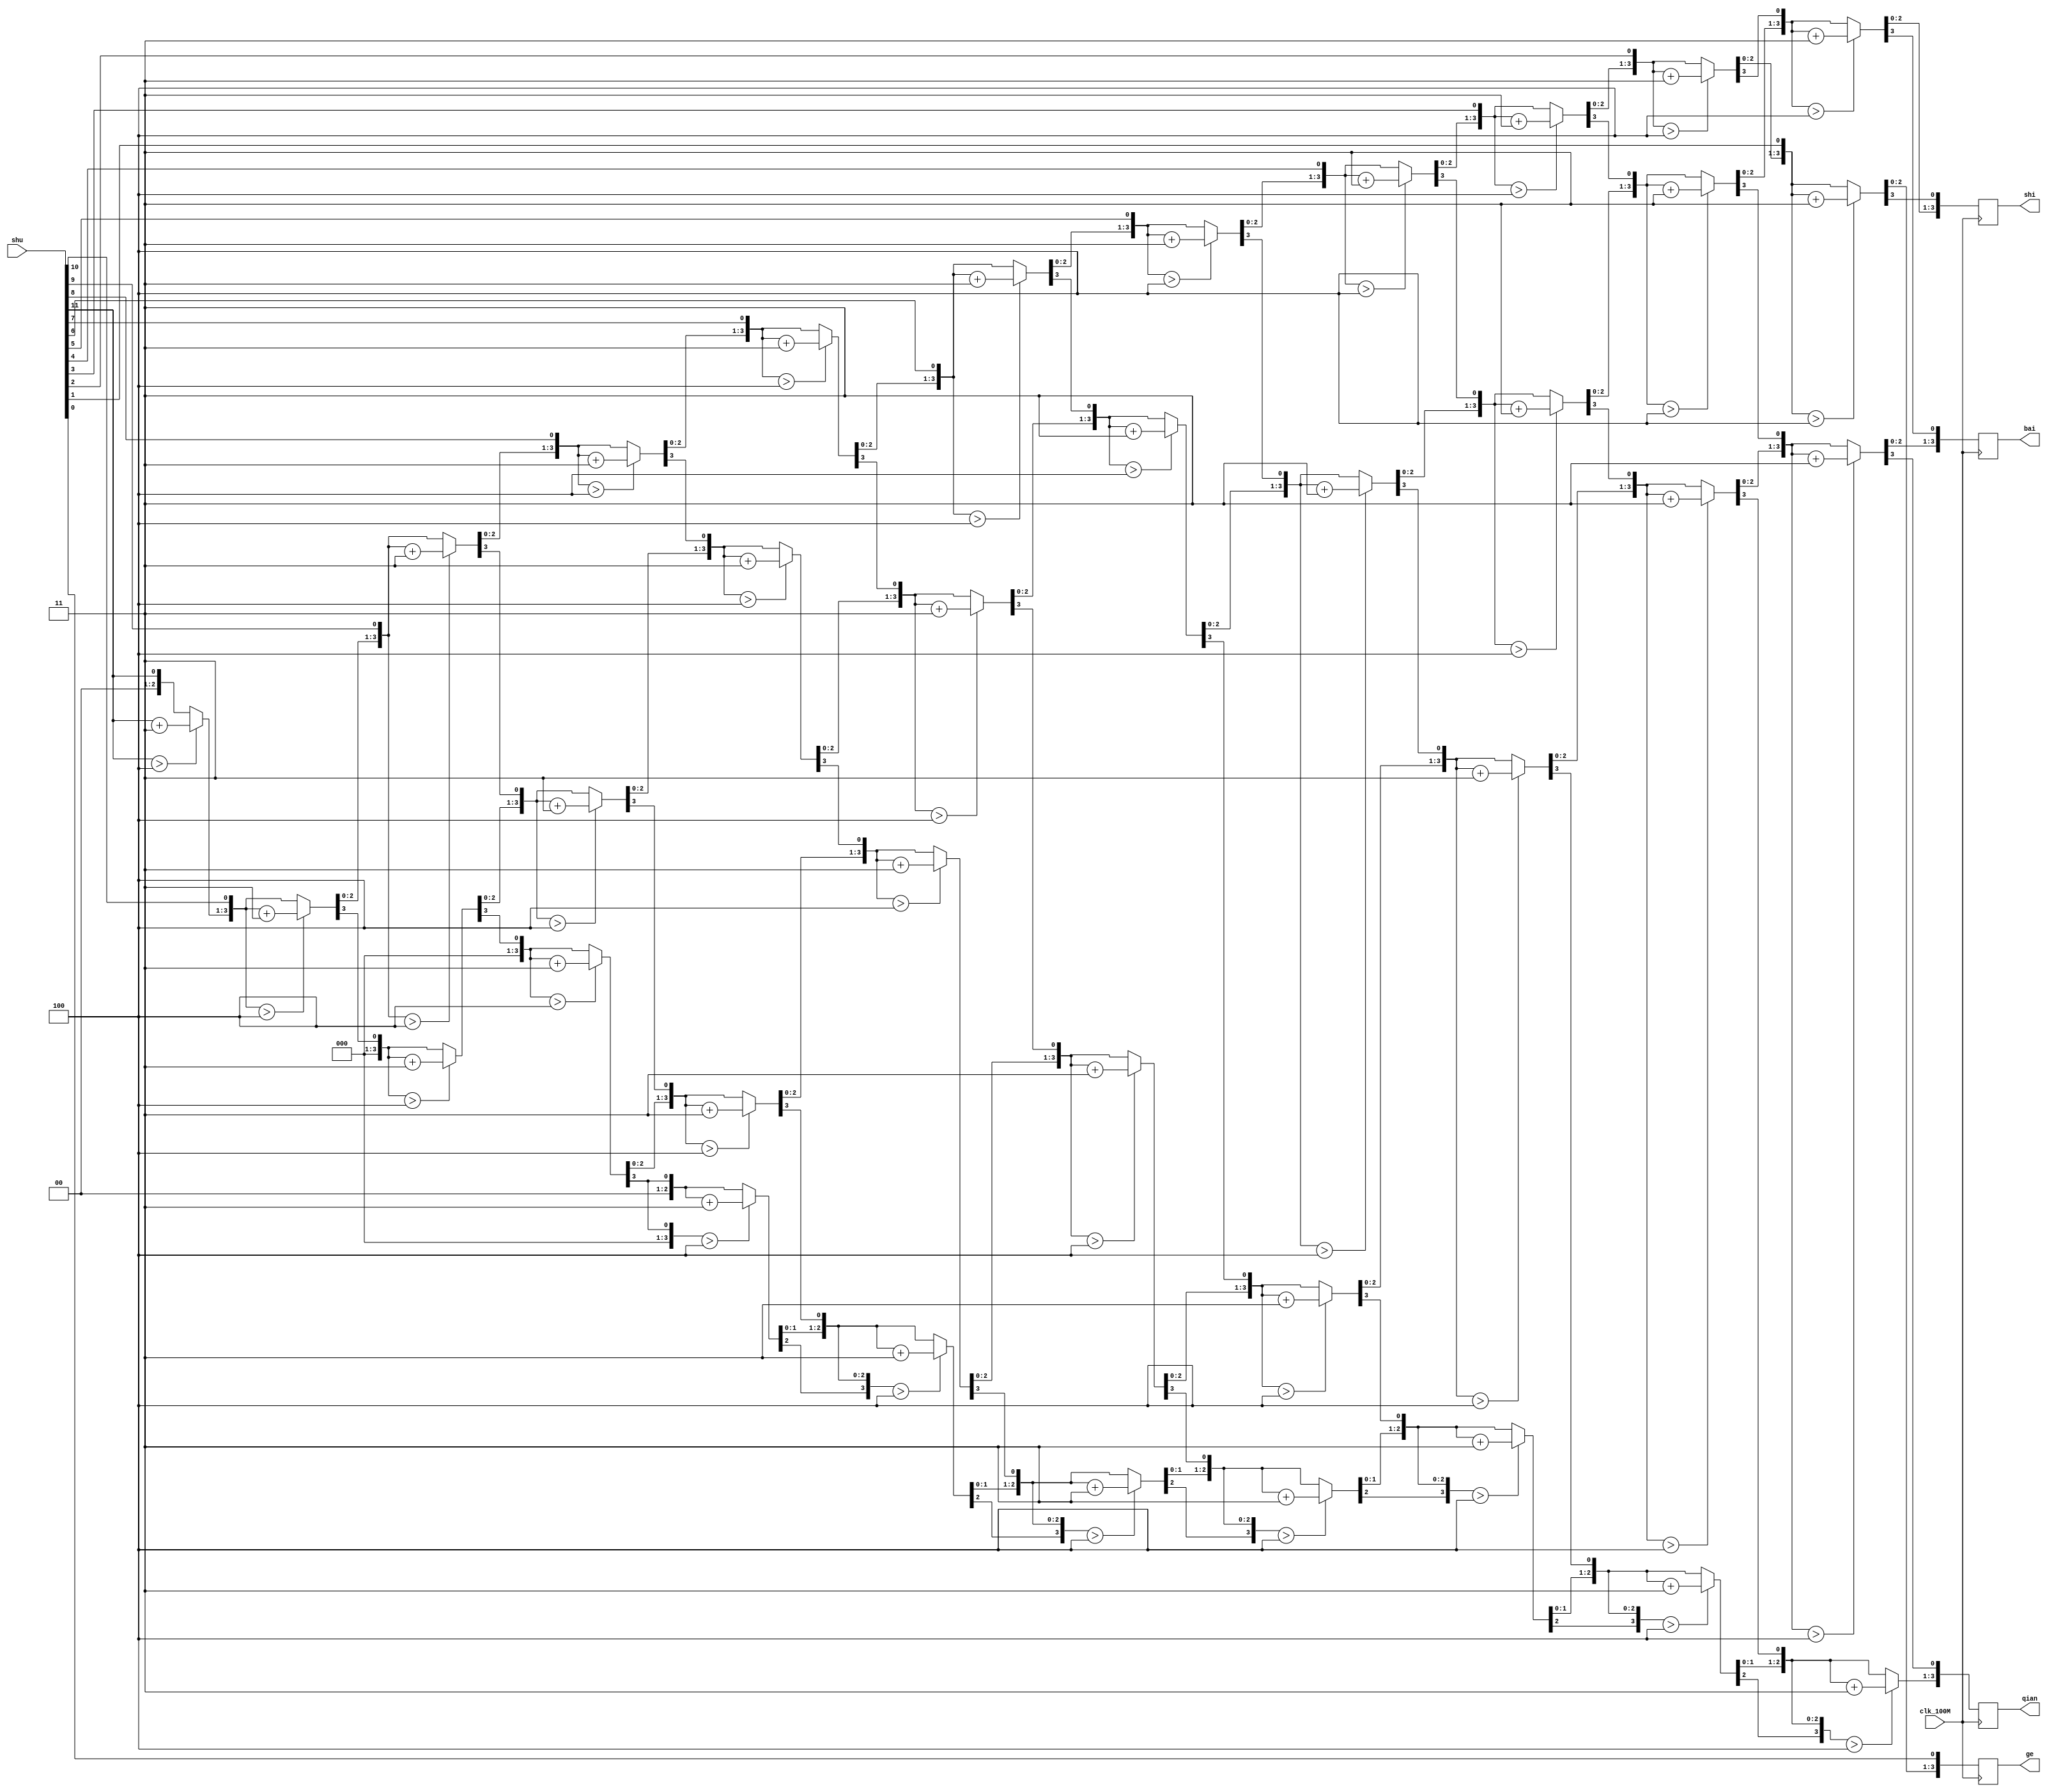
module bin_to_bcd_1(clk_100M,shu,ge,shi,bai,qian);
input clk_100M;
input [11:0] shu;                             
output[3:0] ge;
output[3:0] shi;
output[3:0] bai;
output[3:0]qian;

reg[3:0]  ge_r,shi_r,bai_r,qian_r;
reg[11:0] shu_r;
reg[15:0] temp;
integer i;
assign ge =  ge_r;
assign shi = shi_r;
assign bai = bai_r;
assign qian =qian_r;

always @(posedge clk_100M)
begin
      shu_r = shu;
      temp = 0;
      for(i = 0;i < 11;i = i + 1)
      begin
             temp = {temp[14:0],shu_r[11]}; 
             if(temp[3:0] > 4'd4) 
                    temp[3:0] = temp[3:0]+4'd3;
             if(temp[7:4] > 4'd4) 
                    temp[7:4] = temp[7:4]+4'd3;
             if(temp[11:8] > 4'd4) 
                    temp[11:8] = temp[11:8]+4'd3;
             if(temp[15:12] > 4'd4) 
                    temp[15:12] = temp[15:12]+4'd3;
             shu_r=shu_r<<1;  
             {qian_r,bai_r,shi_r,ge_r}={temp[14:0],shu[0]};
         end
end
endmodule